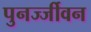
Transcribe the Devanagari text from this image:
पुनर्ज्जीवन